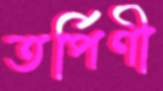
তর্পিণী